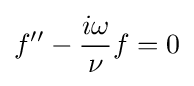
f''-{\frac {i\omega }{\nu }}f=0